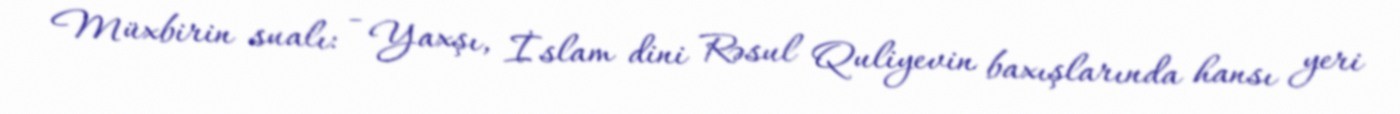
Müxbirin sualı: - Yaxşı, İslam dini Rəsul Quliyevin baxışlarında hansı yeri